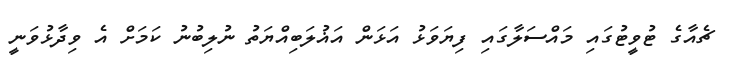
ޗެއާގެ ޓުވީޓުގައި މައްސަލާގައި ފިޔަވަޅު އަޅަން އަޣުލަބިއްޔަތު ނުލިބުނު ކަމަށް އެ ވިދާޅުވަނީ